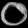
Digit: ၀